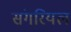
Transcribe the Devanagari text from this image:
संगरियल